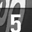
Digit: 5